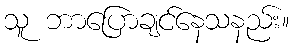
သူ ဘာပြောချင်နေသနည်း။